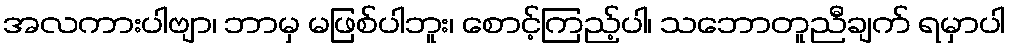
အလကားပါဗျာ၊ ဘာမှ မဖြစ်ပါဘူး၊ စောင့်ကြည့်ပါ၊ သဘောတူညီချက် ရမှာပါ